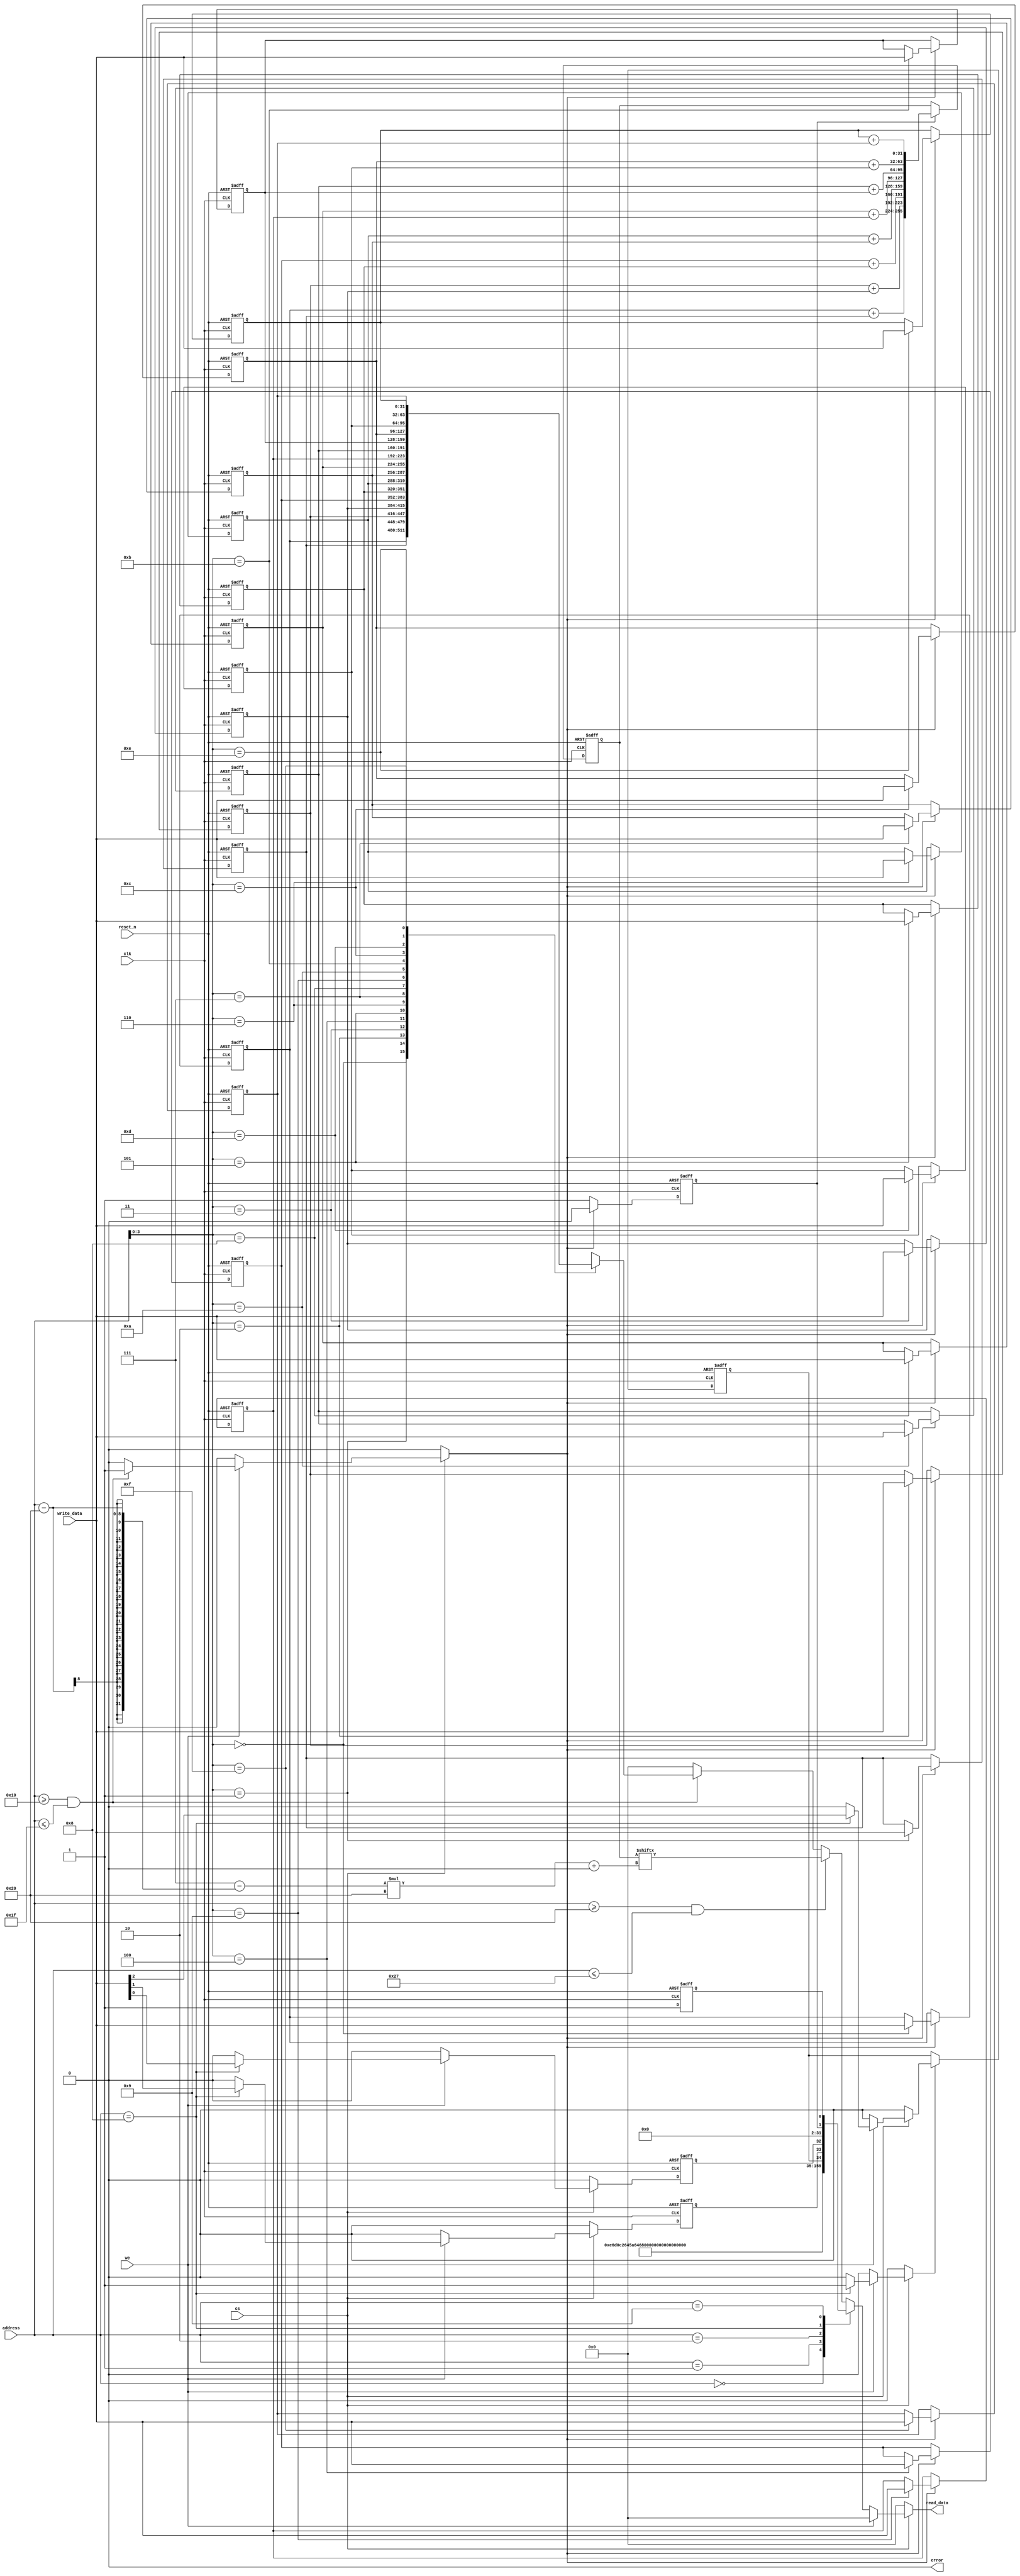
//======================================================================
//
// sha256.v
// --------
// Top level wrapper for the SHA-256 hash function providing
// a simple memory like interface with 32 bit data access.
//
//
// Copyright (c) 2013, 201, Secworks Sweden AB
// All rights reserved.
//
// Redistribution and use in source and binary forms, with or
// without modification, are permitted provided that the following
// conditions are met:
//
// 1. Redistributions of source code must retain the above copyright
//    notice, this list of conditions and the following disclaimer.
//
// 2. Redistributions in binary form must reproduce the above copyright
//    notice, this list of conditions and the following disclaimer in
//    the documentation and/or other materials provided with the
//    distribution.
//
// THIS SOFTWARE IS PROVIDED BY THE COPYRIGHT HOLDERS AND CONTRIBUTORS
// "AS IS" AND ANY EXPRESS OR IMPLIED WARRANTIES, INCLUDING, BUT NOT
// LIMITED TO, THE IMPLIED WARRANTIES OF MERCHANTABILITY AND FITNESS
// FOR A PARTICULAR PURPOSE ARE DISCLAIMED. IN NO EVENT SHALL THE
// COPYRIGHT OWNER OR CONTRIBUTORS BE LIABLE FOR ANY DIRECT, INDIRECT,
// INCIDENTAL, SPECIAL, EXEMPLARY, OR CONSEQUENTIAL DAMAGES (INCLUDING,
// BUT NOT LIMITED TO, PROCUREMENT OF SUBSTITUTE GOODS OR SERVICES;
// LOSS OF USE, DATA, OR PROFITS; OR BUSINESS INTERRUPTION) HOWEVER
// CAUSED AND ON ANY THEORY OF LIABILITY, WHETHER IN CONTRACT,
// STRICT LIABILITY, OR TORT (INCLUDING NEGLIGENCE OR OTHERWISE)
// ARISING IN ANY WAY OUT OF THE USE OF THIS SOFTWARE, EVEN IF
// ADVISED OF THE POSSIBILITY OF SUCH DAMAGE.
//
//======================================================================

`default_nettype none

module sha256(
              // Clock and reset.
              input wire           clk,
              input wire           reset_n,

              // Control.
              input wire           cs,
              input wire           we,

              // Data ports.
              input wire  [7 : 0]  address,
              input wire  [31 : 0] write_data,
              output wire [31 : 0] read_data,
              output wire          error
             );

  //----------------------------------------------------------------
  // Internal constant and parameter definitions.
  //----------------------------------------------------------------
  localparam ADDR_NAME0       = 8'h00;
  localparam ADDR_NAME1       = 8'h01;
  localparam ADDR_VERSION     = 8'h02;

  localparam ADDR_CTRL        = 8'h08;
  localparam CTRL_INIT_BIT    = 0;
  localparam CTRL_NEXT_BIT    = 1;
  localparam CTRL_MODE_BIT    = 2;

  localparam ADDR_STATUS      = 8'h09;
  localparam STATUS_READY_BIT = 0;
  localparam STATUS_VALID_BIT = 1;

  localparam ADDR_BLOCK0    = 8'h10;
  localparam ADDR_BLOCK15   = 8'h1f;

  localparam ADDR_DIGEST0   = 8'h20;
  localparam ADDR_DIGEST7   = 8'h27;

  localparam CORE_NAME0     = 32'h73686132; // "sha2"
  localparam CORE_NAME1     = 32'h2d323536; // "-256"
  localparam CORE_VERSION   = 32'h312e3830; // "1.80"

  localparam MODE_SHA_224   = 1'h0;
  localparam MODE_SHA_256   = 1'h1;


  //----------------------------------------------------------------
  // Registers including update variables and write enable.
  //----------------------------------------------------------------
  reg init_reg;
  reg init_new;

  reg next_reg;
  reg next_new;

  reg mode_reg;
  reg mode_new;
  reg mode_we;

  reg ready_reg;

  reg [31 : 0] block_reg [0 : 15];
  reg          block_we;

  reg [255 : 0] digest_reg;

  reg digest_valid_reg;


  //----------------------------------------------------------------
  // Wires.
  //----------------------------------------------------------------
  // wire           core_ready;
  wire [511 : 0] core_block;
  // wire [255 : 0] core_digest;
  // wire           core_digest_valid;

  // simplified design
  wire [31:0] added_data [7:0];
  // wire [63:0] multiplied_data [3:0];

  reg [31 : 0]   tmp_read_data;
  reg            tmp_error;


  //----------------------------------------------------------------
  // Concurrent connectivity for ports etc.
  //----------------------------------------------------------------
  assign core_block = {block_reg[00], block_reg[01], block_reg[02], block_reg[03],
                       block_reg[04], block_reg[05], block_reg[06], block_reg[07],
                       block_reg[08], block_reg[09], block_reg[10], block_reg[11],
                       block_reg[12], block_reg[13], block_reg[14], block_reg[15]};

  assign read_data = tmp_read_data;
  assign error     = tmp_error;

  assign added_data[0] = block_reg[00] + block_reg[01];
  assign added_data[1] = block_reg[02] + block_reg[03];
  assign added_data[2] = block_reg[04] + block_reg[05];
  assign added_data[3] = block_reg[06] + block_reg[07];
  assign added_data[4] = block_reg[08] + block_reg[09];
  assign added_data[5] = block_reg[10] + block_reg[11];
  assign added_data[6] = block_reg[12] + block_reg[13];
  assign added_data[7] = block_reg[14] + block_reg[15];

  // assign multiplied_data[0] = block_reg[00] * block_reg[01];
  // assign multiplied_data[1] = block_reg[02] * block_reg[03];
  // assign multiplied_data[2] = block_reg[04] * block_reg[05];
  // assign multiplied_data[3] = block_reg[06] * block_reg[07];


  //----------------------------------------------------------------
  // core instantiation.
  //----------------------------------------------------------------
  // sha256_core core(
  //                  .clk(clk),
  //                  .reset_n(reset_n),

  //                  .init(init_reg),
  //                  .next(next_reg),
  //                  .mode(mode_reg),

  //                  .block(core_block),

  //                  .ready(core_ready),    // output

  //                  .digest(core_digest),  // output
  //                  .digest_valid(core_digest_valid) // output
  //                 );


  //----------------------------------------------------------------
  // reg_update
  //
  // Update functionality for all registers in the core.
  // All registers are positive edge triggered with asynchronous
  // active low reset. All registers have write enable.
  //----------------------------------------------------------------
  always @ (posedge clk or negedge reset_n)
    begin : reg_update
      integer i;

      if (!reset_n)
        begin
          for (i = 0 ; i < 16 ; i = i + 1)
            block_reg[i] <= 32'h0;

          init_reg         <= 0;
          next_reg         <= 0;
          ready_reg        <= 0;
          mode_reg         <= MODE_SHA_256;
          digest_reg       <= 256'h0;
          digest_valid_reg <= 0;
        end
      else
        begin
          // temporarily make design add 512-bit input 
          // ready_reg        <= core_ready;
          ready_reg        <= 1'b1;
          // digest_valid_reg <= core_digest_valid;
          init_reg         <= init_new;
          next_reg         <= next_new;

          if (mode_we)
            mode_reg <= mode_new;

          // if (core_digest_valid)
          //   digest_reg <= core_digest;

          // simplified, if digest valid (when not writing to block) assign added_data to output
          if (digest_valid_reg)
            digest_reg <= {added_data[0], added_data[1], added_data[2], added_data[3], added_data[4], added_data[5], added_data[6], added_data[7]};

          if (block_we) begin
            block_reg[address[3 : 0]] <= write_data;
            digest_valid_reg <= 1'b0;
          end
          else begin
            digest_valid_reg <= 1'b1;
          end
        end
    end // reg_update


  //----------------------------------------------------------------
  // api_logic
  //
  // Implementation of the api logic. If cs is enabled will either
  // try to write to or read from the internal registers.
  //----------------------------------------------------------------
  always @*
    begin : api_logic
      init_new      = 0;
      next_new      = 0;
      mode_new      = 0;
      mode_we       = 0;
      block_we      = 0;
      tmp_read_data = 32'h0;
      tmp_error     = 0;

      if (cs)
        begin
          if (we)
            begin
              if (address == ADDR_CTRL)
                begin
                  init_new = write_data[CTRL_INIT_BIT];
                  next_new = write_data[CTRL_NEXT_BIT];
                  mode_new = write_data[CTRL_MODE_BIT];
                  mode_we  = 1;
                end

              if ((address >= ADDR_BLOCK0) && (address <= ADDR_BLOCK15))
                block_we = 1;
            end // if (we)

          else
            begin
              // read
              if ((address >= ADDR_BLOCK0) && (address <= ADDR_BLOCK15))
                tmp_read_data = block_reg[address[3 : 0]];

              if ((address >= ADDR_DIGEST0) && (address <= ADDR_DIGEST7))
                tmp_read_data = digest_reg[(7 - (address - ADDR_DIGEST0)) * 32 +: 32];

              case (address)
                // Read operations.
                ADDR_NAME0:
                  tmp_read_data = CORE_NAME0;

                ADDR_NAME1:
                  tmp_read_data = CORE_NAME1;

                ADDR_VERSION:
                  tmp_read_data = CORE_VERSION;

                ADDR_CTRL:
                  tmp_read_data = {29'h0, mode_reg, next_reg, init_reg};

                ADDR_STATUS:
                  tmp_read_data = {30'h0, digest_valid_reg, ready_reg};

                default:
                  begin
                  end
              endcase // case (address)
            end
        end
    end // addr_decoder
endmodule // sha256

`default_nettype wire
//======================================================================
// EOF sha256.v
//======================================================================